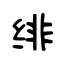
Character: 绯